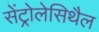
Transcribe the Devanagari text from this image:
सेंट्रोलेसिथैल